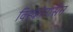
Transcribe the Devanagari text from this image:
विस्कोनसिन